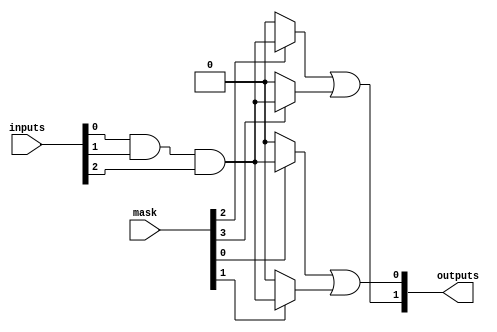
module masked_pal #(
    parameter NUM_INPUTS = 3,      // Number of inputs
    parameter NUM_AND_GATES = 4,   // Number of AND gates
    parameter NUM_OR_GATES = 2      // Number of OR gates
)(
    input wire [NUM_INPUTS-1:0] inputs,   // Input signals (A, B, C, ...)
    input wire [NUM_AND_GATES-1:0] mask,  // Mask signals for AND gates (1: enabled, 0: masked)
    output wire [NUM_OR_GATES-1:0] outputs // Output signals
);

// Intermediate signals for AND gate outputs
wire [NUM_AND_GATES-1:0] and_out;

// Programmable AND gates
genvar i;
generate
    for (i = 0; i < NUM_AND_GATES; i = i + 1) begin: and_gates
        // Example configuration for AND gates
        assign and_out[i] = mask[i] ? (inputs[0] & inputs[1] & inputs[2]) : 1'b0; // All inputs ANDed
    end
endgenerate

// Fixed OR gates
wire or_out0, or_out1;

assign or_out0 = and_out[0] | and_out[1]; // OR gate 0
assign or_out1 = and_out[2] | and_out[3]; // OR gate 1

// Final outputs
assign outputs[0] = or_out0; // Output from OR gate 0
assign outputs[1] = or_out1; // Output from OR gate 1

endmodule